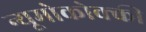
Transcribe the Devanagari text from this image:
न्यूमोकोक्की